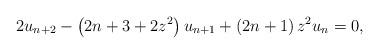
LaTeX: \begin{align*}2u_{n+2}-\left( 2n+3+2z^{2}\right) u_{n+1}+\left( 2n+1\right) z^{2}u_{n}=0, \end{align*}